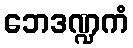
ဘေဒဏ္ဍကံ